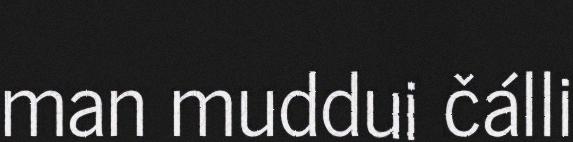
man muddui čálli